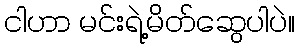
ငါဟာ မင်းရဲ့မိတ်ဆွေပါပဲ။